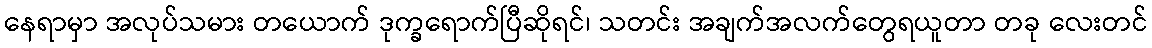
နေရာမှာ အလုပ်သမား တယောက် ဒုက္ခရောက်ပြီဆိုရင်၊ သတင်း အချက်အလက်တွေရယူတာ တခု လေးတင်